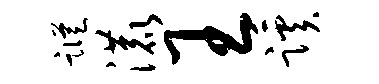
踪漉王蹊